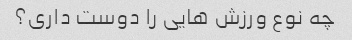
چه نوع ورزش هایی را دوست داری؟